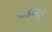
બદલવો